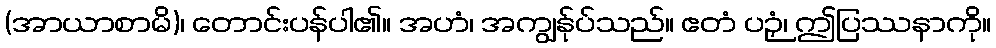
(အာယာစာမိ)၊ တောင်းပန်ပါ၏။ အဟံ၊ အကျွန်ုပ်သည်။ ဧတံ ပဉှံ၊ ဤပြဿနာကို။